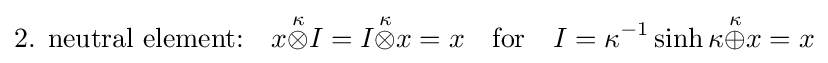
{\text{2. neutral element:}}\quad x{\stackrel {\kappa }{\otimes }}I=I{\stackrel {\kappa }{\otimes }}x=x\quad {\text{for}}\quad I=\kappa ^{-1}\sinh \kappa {\stackrel {\kappa }{\oplus }}x=x